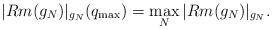
LaTeX: \begin{align*} |Rm(g_N)|_{g_N}(q_{\max})=\max_{N}|Rm(g_N)|_{g_N}.\end{align*}